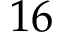
1 6